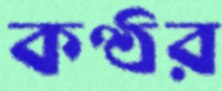
কণ্ঠর